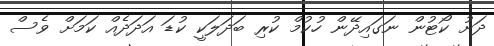
ދަށު ކޯޓުން ނަގައިދޭން ހުކުމް ކުރި ބަދަލަކީ ކުޑަ އަދަދެއް ކަމަށް ވެސް